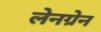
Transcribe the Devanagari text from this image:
लेनग्रेन